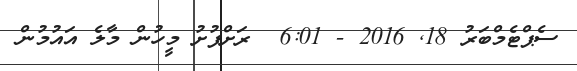
ސެޕްޓެމްބަރު 18